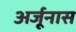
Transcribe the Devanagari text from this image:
अर्जूनास